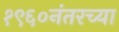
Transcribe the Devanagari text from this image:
१९६०नंतरच्या